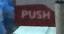
push